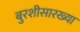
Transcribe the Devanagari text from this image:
बुरशीसारख्या